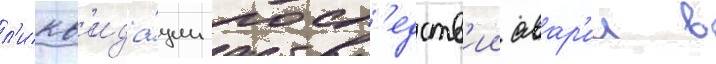
л'икв'ида́ции посл'едств'ии авар'ии в